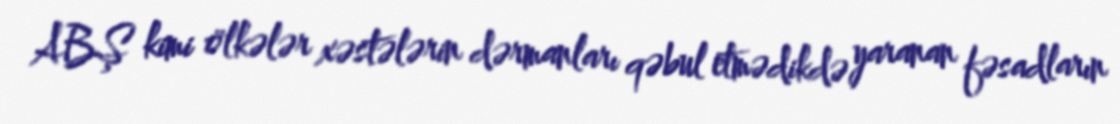
ABŞ kimi ölkələr xəstələrin dərmanları qəbul etmədikdə yaranan fəsadların